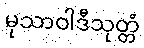
မုသာဝါဒီသုတ္တံ